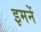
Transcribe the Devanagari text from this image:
इमनें